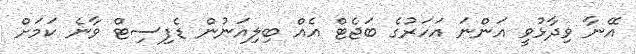
އޭނާ ވިދާޅުވީ އަންނަ އަހަރުގެ ބަޖެޓް އެއް ބިލިއަނުން ޑެފިސިޓް ވާނެ ކަމަށް